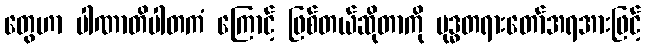
တွေဟာ ပါဏာတိပါတကံ ကြောင့် ဖြစ်တယ်ဆိုတာကို ဗုဒ္ဓတရားတော်အရအားဖြင့်